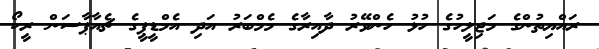
ރައްޔިތުންގެ މަޖިލީހުގެ ހުޅު ހެންވޭރު ދާއިރާގެ މެމްބަރު އަދި އެމްޑީޕީގެ ޗެއާޕާސަން ރީކޯ